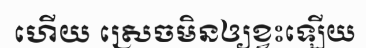
ហើយ ស្រេចមិនឲ្យខ្វះឡើយ